Report of the Indian Hemp Drugs Commission, 1894-1895 - Volume V
Year: 1894
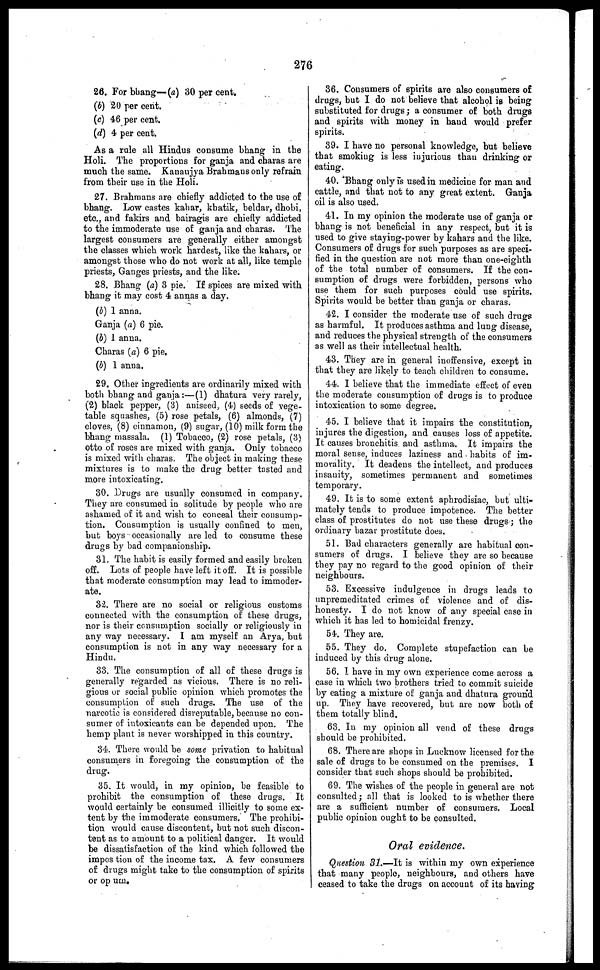
276
26. For bhang—(a) 30 per cent.
(b) 20 per cent.
(c) 46 per cent.
(d) 4 per cent.
As a rule all Hindus consume bhang in the
Holi. The proportions for ganja and charas are
much the same. Kanaujya Brahmaus only refrain
from their use in the Holi.
27. Brahmans are chiefly addicted to the use of
bhang. Low castes kahar, khatik, beldar, dhobi,
etc., and fakirs and bairagis are chiefly addicted
to the immoderate use of ganja and charas. The
largest consumers are generally either amongst
the classes which work hardest, like the kahars, or
amongst those who do not work at all, like temple
priests, Ganges priests, and the like.
28. Bhang (a) 3 pie. If spices are mixed with
bhang it may cost 4 annas a day.
(b) 1 anna.
Ganja (a) 6 pie.
(b) 1 anna.
Charas (a) 6 pie.
(b) 1 anna.
29. Other ingredients are ordinarily mixed with
both bhang and ganja :—(1) dhatura very rarely,
(2) black pepper, (3) aniseed, (4) seeds of vege-
table squashes, (5) rose petals, (6) almonds, (7)
cloves, (8) cinnamon, (9) sugar, (10) milk form the
bhang massala. (1) Tobacco, (2) rose petals, (3)
otto of roses are mixed with ganja. Only tobacco
is mixed with charas. The object in making these
mixtures is to make the drug better tasted and
more intoxicating.
30. Drugs are usually consumed in company.
They are consumed in solitude by people who are
ashamed of it and wish to conceal their consump-
tion. Consumption is usually confined to men,
but boys occasionally are led to consume these
drugs by bad companionship.
31. The habit is easily formed and easily broken
off. Lots of people have left it off. It is possible
that moderate consumption may lead to immoder-
ate.
32. There are no social or religious customs
connected with the consumption of these drugs,
nor is their consumption socially or religiously in
any way necessary. I am myself an Arya, but
consumption is not in any way necessary for a
Hindu.
33. The consumption of all of these drugs is
generally regarded as vicious. There is no reli-
gious or social public opinion which promotes the
consumption of such drugs. The use of the
narcotic is considered disreputable, because no con-
sumer of intoxicants can be depended upon. The
hemp plant is never worshipped in this country.
34. There would be some privation to habitual
consumers in foregoing the consumption of the
drug.
35. It would, in my opinion, be feasible to
prohibit the consumption of these drugs. It
would certainly be consumed illicitly to some ex-
tent by the immoderate consumers. The prohibi-
tion would cause discontent, but not such discon-
tent as to amount to a political danger. It would
be dissatisfaction of the kind which followed the
imposition of the income tax. A few consumers
of drugs might take to the consumption of spirits
or op um.
36. Consumers of spirits are also consumers of
drugs, but I do not believe that alcohol is being
substituted for drugs ; a consumer of both drugs
and spirits with money in hand would prefer
spirits.
39. I have no personal knowledge, but believe
that smoking is less injurious than drinking or
eating.
40. Bhang only is used in medicine for man and
cattle, and that not to any great extent. Ganja
oil is also used.
41. In my opinion the moderate use of ganja or
bhang is not beneficial in any respect, but it is
used to give staying-power by kahars and the like.
Consumers of drugs for such purposes as are speci-
fied in the question are not more than one-eighth
of the total number of consumers. If the con-
sumption of drugs were forbidden, persons who
use them for such purposes could use spirits.
Spirits would be better than ganja or charas.
42. I consider the moderate use of such drugs
as harmful. It produces asthma and lung disease,
and reduces the physical strength of the consumers
as well as their intellectual health.
43. They are in general inoffensive, except in
that they are likely to teach children to consume.
44. I believe that the immediate effect of even
the moderate consumption of drugs is to produce
intoxication to some degree.
45. I believe that it impairs the constitution,
injures the digestion, and causes loss of appetite.
It causes bronchitis and asthma. It impairs the
moral sense, induces laziness and habits of im-
morality. It deadens the intellect, and produces
insanity, sometimes permanent and sometimes
temporary.
49. It is to some extent aphrodisiac, but ulti-
mately tends to produce impotence. The better
class of prostitutes do not use these drugs ; the
ordinary bazar prostitute does.
51. Bad characters generally are habitual con-
sumers of drugs. I believe they are so because
they pay no regard to the good opinion of their
neighbours.
53. Excessive indulgence in drugs leads to
unpremeditated crimes of violence and of dis-
honesty. I do not know of any special case in
which it has led to homicidal frenzy.
54. They are.
55. They do. Complete stupefaction can be
induced by this drug alone.
56. I have in my own experience come across a
case in which two brothers tried to commit suicide
by eating a mixture of ganja and dhatura ground
up. They have recovered, but are now both of
them totally blind.
63. In my opinion all vend of these drugs
should be prohibited.
68. There are shops in Lucknow licensed for the
sale of drugs to be consumed on the premises. I
consider that such shops should be prohibited.
69. The wishes of the people in general are not
consulted ; all that is looked to is whether there
are a sufficient number of consumers. Local
public opinion ought to be consulted.
Oral evidence.
Question 31.—It is within my own experience
that many people, neighbours, and others have
ceased to take the drugs on account of its having